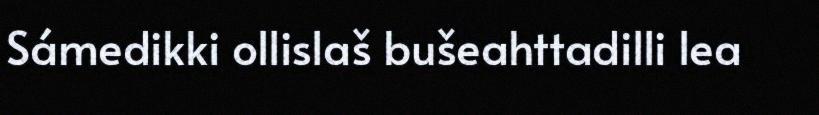
Sámedikki ollislaš bušeahttadilli lea